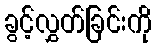
ခွင့်လွှတ်ခြင်းကို